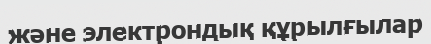
және электрондық құрылғылар